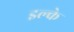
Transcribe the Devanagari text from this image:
इल्के